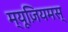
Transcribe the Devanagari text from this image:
म्यूज़ियमस्